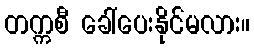
တက္ကစီ ခေါ်ပေးနိုင်မလား။